Civil Veterinary Dept. North-West Frontier Province 1901-22 - 1901-1922
Year: 1901
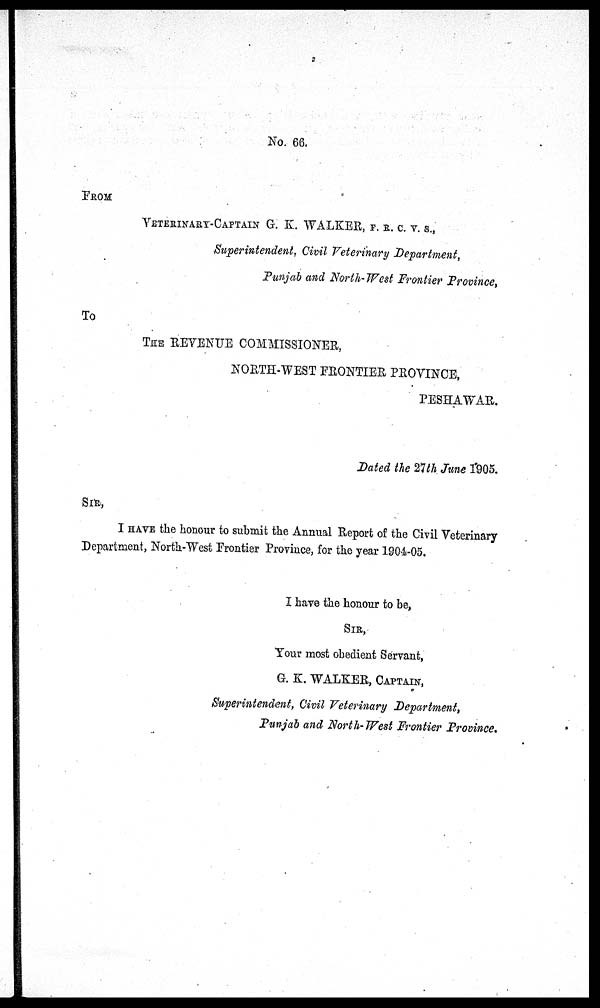
No. 66.
FROM
VETERINARY-CAPTIAN
G. K. WALKER, F. R. C. V. S.,
Superintendent, Civil Veterinary Department,
Punjab and North-West Frontier Province,
To
THE REVENUE COMMISSIONER,
NORTH-WEST FRONTIER PROVINCE,
PESHAWAR.
Dated the 27th June 1905.
SIR,
I HAVE the honour to submit the Annual Report of the Civil Veterinary
Department, North-West Frontier Province, for the year 1904-05.
I have the honour to be,
SIR,
Your most obedient Servant,
G. K. WALKER, CAPTAIN,
Superintendent, Civil Veterinary Department,
Punjab and North-West Frontier Province.